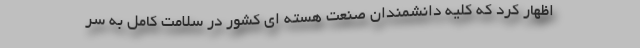
اظهار کرد که کلیه دانشمندان صنعت هسته ای کشور در سلامت کامل به سر